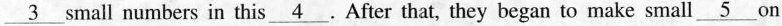
\underline{3} small numbers in this \underline{4}.After that, they began to make small \underline{5} on